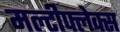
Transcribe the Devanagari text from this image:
मल्टीफ्लेक्स